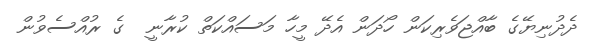
ދެދުނިޔޭގެ ބާއްޖަވެރިކަން ހޯދަން އެދޭ މީހާ މަސައްކަތް ކުރާނީ  ގެ ރުއްސެވުން